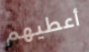
أعطيهم